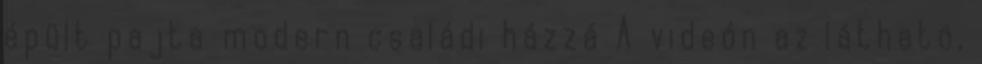
épült pajta modern családi házzá A videón az látható,